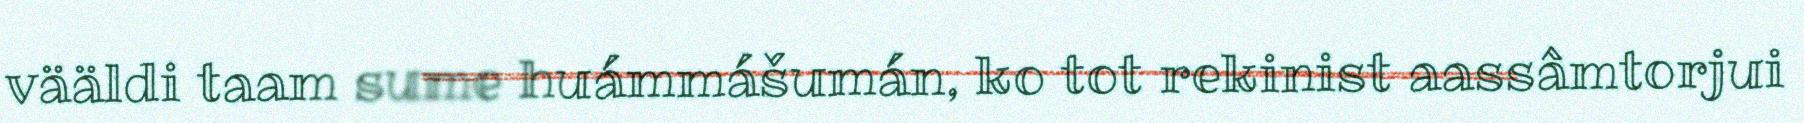
vääldi taam sume huámmášumán, ko tot rekinist aassâmtorjui